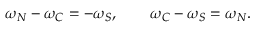
\omega _ { N } - \omega _ { C } = - \omega _ { S } , \qquad \omega _ { C } - \omega _ { S } = \omega _ { N } .